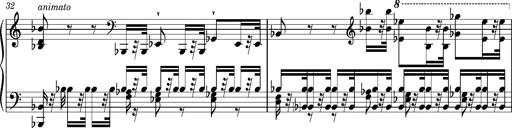
Title: Introduction des Variations sur une marche du SiÃ¨ge de Corinthe, S.421a
Composer: Franz Liszt
Key: F minor